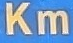
Km